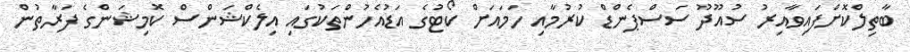
ބާތިލްކޮށްފައިވާއިރު ސުއޫދޫ ސަސްޕެންޑް ކުރުމާއި ހަމައަށް ކޯޓުގެ އަޑުއެހުންތަކުގައި އިލެކްޝަންސް ކޮމިޝަންގެ ފަރާތުން